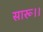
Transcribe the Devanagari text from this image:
सारू।।